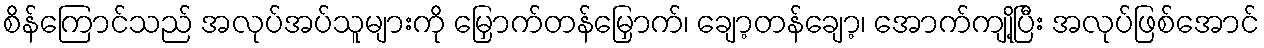
စိန်ကြောင်သည် အလုပ်အပ်သူများကို မြှောက်တန်မြှောက်၊ ချော့တန်ချော့၊ အောက်ကျို့ပြီး အလုပ်ဖြစ်အောင်